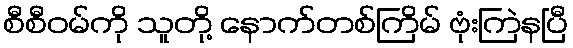
စီစီဝမ်ကို သူတို့ နောက်တစ်ကြိမ် ဗုံးကြဲနပြီ